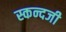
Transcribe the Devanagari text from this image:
स्कन्दजी